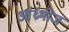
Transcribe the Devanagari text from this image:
आंध्रभोज